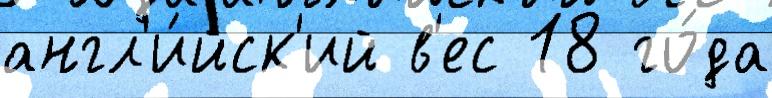
англ'и́йск'ий в'ес 18 го́да